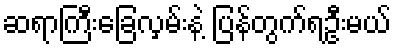
ဆရာကြီးခြေလှမ်းနဲ့ ပြန်တွက်ရဦးမယ်